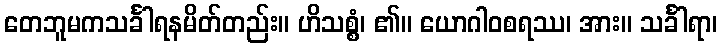
တေဘူမကသင်္ခါရနမိတ်တည်း။ ဟိသစ္စံ၊ ၏။ ယောဂါဝစရဿ၊ အား။ သင်္ခါရာ၊